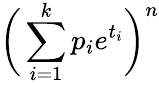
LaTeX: {\biggl(}\sum_{i=1}^{k}p_{i}e^{t_{i}}{\biggr)}^{n}